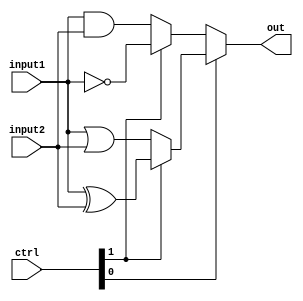
module logical_unit_4bit(input1, input2, out, ctrl);
input [3:0] input1, input2;
input [1:0] ctrl;
output [3:0] out;
assign out = ctrl[0]?(ctrl[1]?(input1 ^ input2): (input1 |input2)) : (ctrl[1]?(~input1):(input1 & input2));
endmodule
module
logical_unit_4bit_tb;
reg [3:0] input1, input2;
reg [1:0] ctrl;
wire [3:0] out;
logical_unit_4bit i1(input1, input2, out, ctrl);
initial
begin
input1 = 4'b0000;
input2 = 4'b0000;
ctrl = 2'b00;
$monitor("Time:%0t ctrl=%b input1=%4b input2=%4b output=%4b", 
$time, ctrl, input1, input2, out);
#5 input1 = 4'b1010; input2 = 4'b1010; ctrl =2'b00;
#5 input1 = 4'b0011; input2 = 4'b0111; ctrl =2'b01;
#5 input1 = 4'b0000; ctrl = 2'b10;
#5 input1 = 4'b1111; input2 = 4'b1111; ctrl =2'b11;
end
endmodule